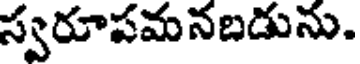
స్వరూపమనబడును.